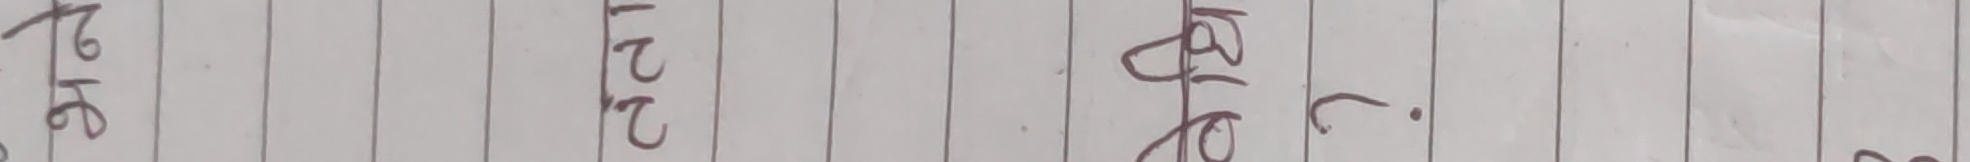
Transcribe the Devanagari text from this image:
१७७ १२२ १६७). २०